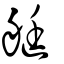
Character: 艇